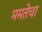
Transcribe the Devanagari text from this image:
ममतेचा